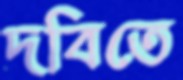
দবিতে